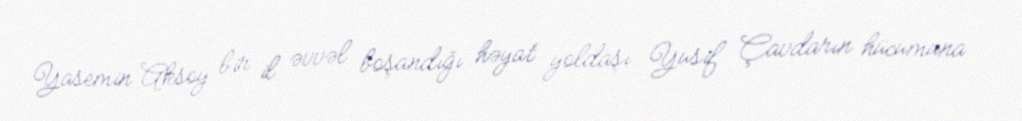
Yasemin Aksoy bir il əvvəl boşandığı həyat yoldaşı Yusif Çavdarın hücumuna